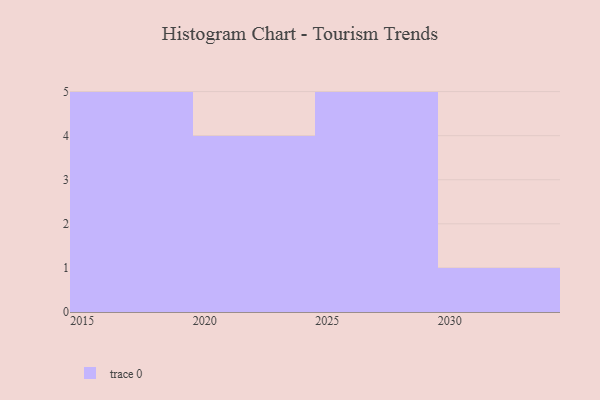
{"axis": {"x": "Year", "y": "Satisfaction Score"}, "legend": [""], "data": [{"x": "2030", "y": 40, "type": ""}, {"x": "2029", "y": 18, "type": ""}, {"x": "2028", "y": 34, "type": ""}, {"x": "2017", "y": 38, "type": ""}, {"x": "2024", "y": 63, "type": ""}, {"x": "2023", "y": 82, "type": ""}, {"x": "2016", "y": 9, "type": ""}, {"x": "2019", "y": 29, "type": ""}, {"x": "2022", "y": 59, "type": ""}, {"x": "2018", "y": 7, "type": ""}, {"x": "2025", "y": 23, "type": ""}, {"x": "2027", "y": 58, "type": ""}, {"x": "2026", "y": 32, "type": ""}, {"x": "2021", "y": 12, "type": ""}, {"x": "2015", "y": 58, "type": ""}]}